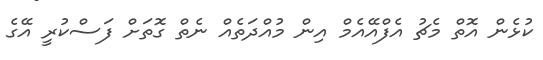
ކުޅެން އޮތް މެޗު އެފްއޭއެމް އިން މުއްދަތެއް ނެތް ގޮތަށް ފަސްކުރީ އޭގެ